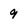
Character: 9